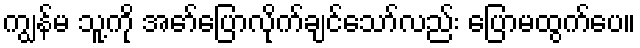
ကျွန်မ သူ့ကို အော်ပြောလိုက်ချင်သော်လည်း ပြောမထွက်ပေ။